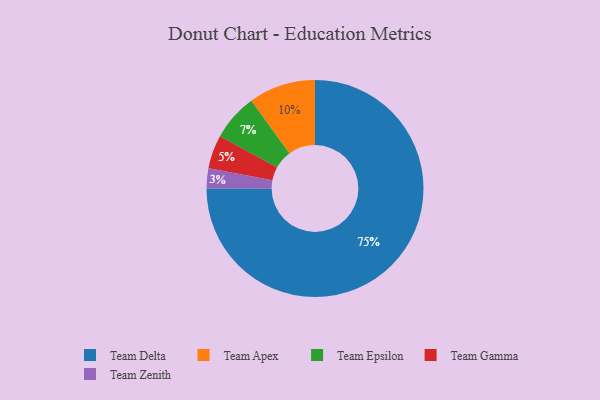
{"axis": {"x": "Category", "y": "Percentage"}, "legend": ["Team Apex", "Team Delta", "Team Epsilon", "Team Gamma", "Team Zenith"], "data": [{"x": "Team Gamma", "y": 5, "type": "Team Gamma"}, {"x": "Team Epsilon", "y": 7, "type": "Team Epsilon"}, {"x": "Team Zenith", "y": 3, "type": "Team Zenith"}, {"x": "Team Apex", "y": 10, "type": "Team Apex"}, {"x": "Team Delta", "y": 75, "type": "Team Delta"}]}